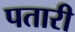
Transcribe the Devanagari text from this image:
पतारी